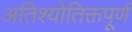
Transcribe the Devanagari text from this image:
अतिश्योतिक्तपूर्ण